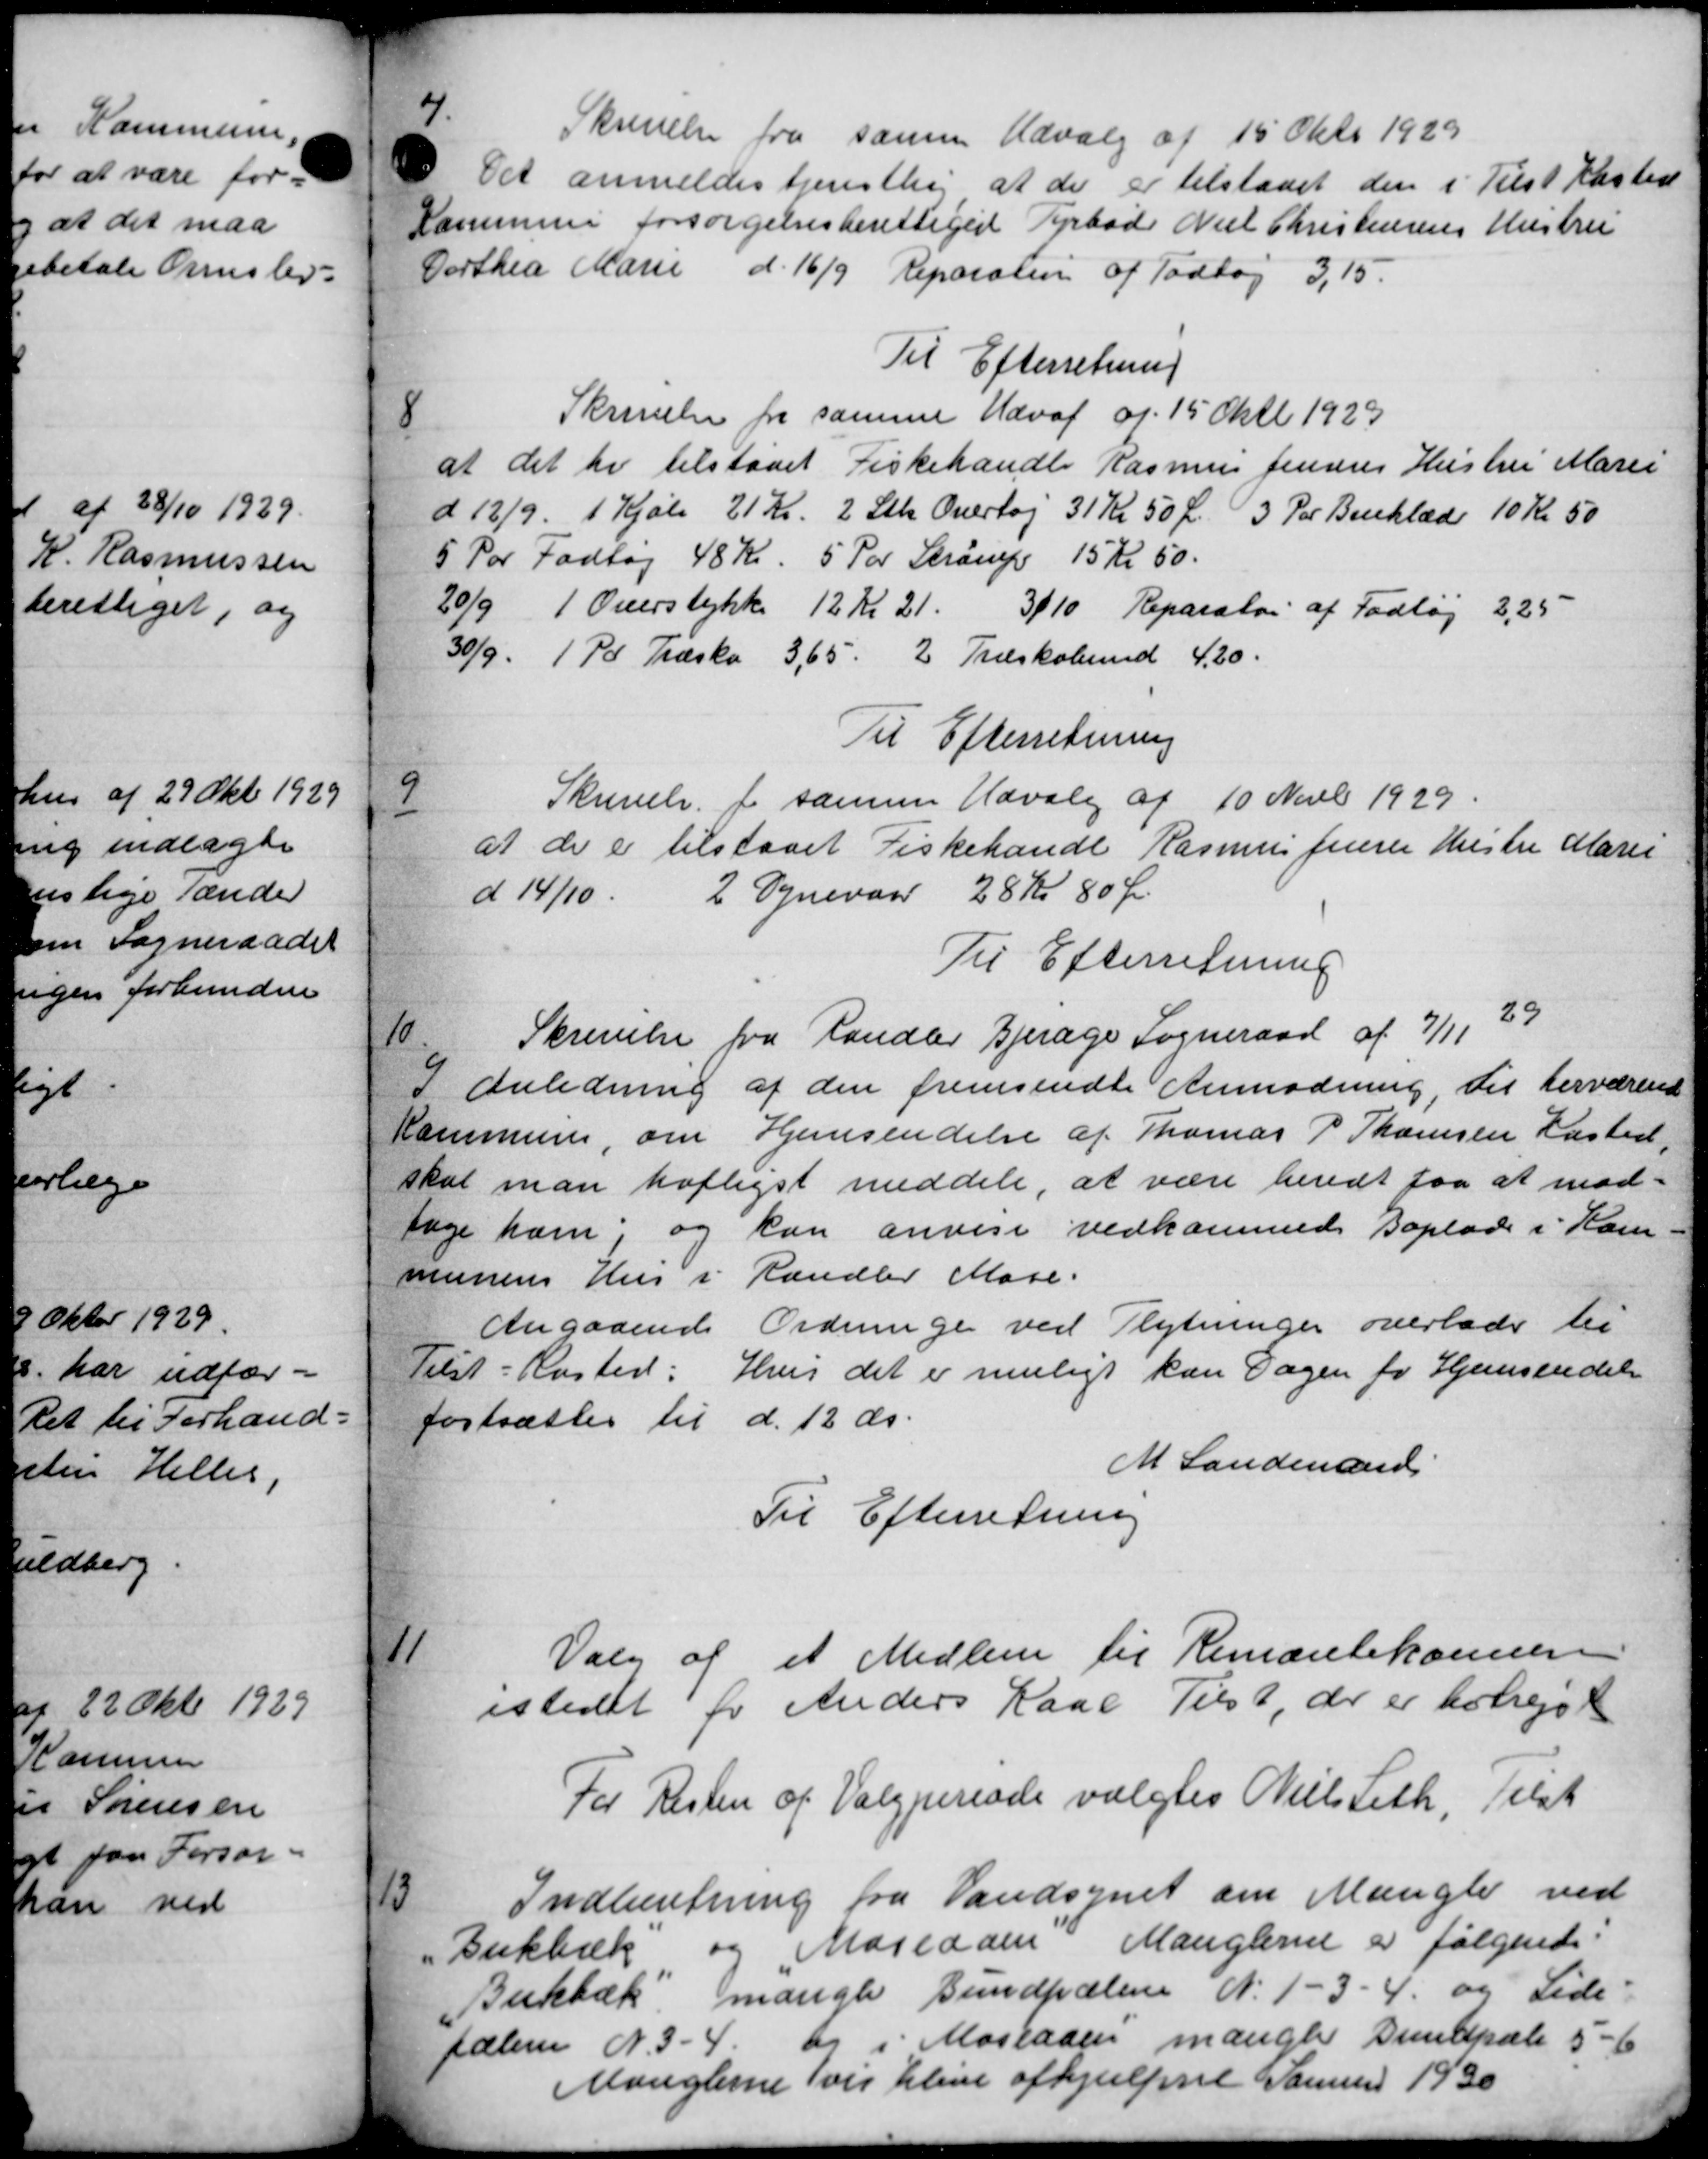
Transskription:
7.
Skrivelse fra samme Udvalg af 15 Okt 1929
Det anmeldes tjenstlig at de er tilstaaet den i Tilst Kasten
Kommune forsørgelsesberettiget Tyrbad Niel Christensens Hustru
Dorthea Marie d. 16/9 Reparation af Todhøj 3,15.
Til Efterretning
8
Skrivelse fra samme Udval af 15 Oktb 1929
at det her tilstaaet Fiskehandle Rasmus Jensens Hustru Marie
d 12/9. 1 Kjøbe 21 Kr. 2 Stk Overlag 31 Kr 50 Ø. 3 Par Benklæde 10 Kr 50
5 Par Fodtøj 48 Kr. 5 Par Strømp 15 Kr. 50.
20/9 1 Overstykke 12 Kr 21.
3/10 Reparatør af Fodtøj 2,25
30/9. 1 Td. Træske  3,65. 2 Træskobund 4,20.
Til Efterretning
9
Skrivelse for samme Udvalg af 10 Novb 1929.
at de er tilstaaet Fiskehandl Rasmus Jensen Hustru Marie
d 14/10. 2 Ogneraad 28 Kr 80 Ør
Til Efterretning
10.
Skrivelse fra Randler Bjerage Sogneraad af 7/11 39
I Anledning af den fremsendte Anmodning, til herværende
Kommune, om Hjemsendelse af Thomas P. Thomsen Kasted,
skal man hofligst meddele, at være hendt faa at mod-
tage ham, og kan anvise vedkommede Boplads i Kom
munens Hus i Randler Mose.
Angaaende Ordninge ved Flytninger overlader til
Tilst-Kasted: Hvis det er muligt kan Sagen for Hjemsendelse
fastsættes til d. 12' ds.
M. Landemand
Til Efterretning

Valg af et Medlem til Remæntekommen
istedet for Anders Kaae Tils 1, der er bortrejst
For Resten af Valgperiode valgtes Niels Leth, Tilst

Indberetning fra Vandsynet om Mangle ved
Bukbæk og Magedam Manglerne er følgende:
Bukbæk mangle Bundpolen N. 1 - 3 - 4 og Side
palem N. 3-4. og i Mostaden mangle Dundpale 5-6
Manglerne vis blive afhjulpne Samme 1930